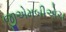
જીએમબીએચ